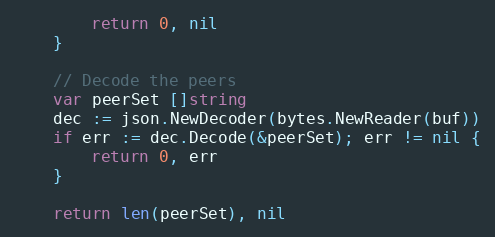
Language: Go
		return 0, nil
	}

	// Decode the peers
	var peerSet []string
	dec := json.NewDecoder(bytes.NewReader(buf))
	if err := dec.Decode(&peerSet); err != nil {
		return 0, err
	}

	return len(peerSet), nil